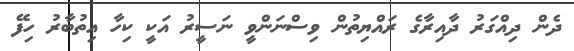
ދެން ދިއްގަރު ދާއިރާގެ ރައްޔިތުން ވިސްނަންވީ ނަސީރު އަކީ ކިހާ އިތުބާރު ހިފޭ